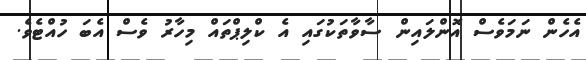
އެހެން ނަމަވެސް އޮންލައިން ސާވާތަކުގައި އެ ކްލިޕްތައް މިހާރު ވެސް އެބަ ހުއްޓެވެ.